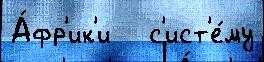
А́фр'ик'и   с'ист'е́му